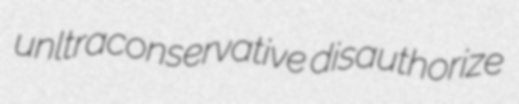
unltraconservative disauthorize